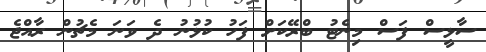
ސާޅީސް ފަސް މިނެޓު ބްރޭކަށް ފަހު ކުޅުނު ދެ ވަނަ މެޗުން ރާއްޖެ